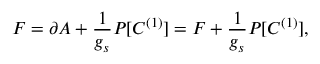
{ \cal F } = \partial A + \frac { 1 } { g _ { s } } P [ C ^ { ( 1 ) } ] = F + \frac { 1 } { g _ { s } } P [ C ^ { ( 1 ) } ] ,